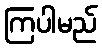
ကြပါမည်